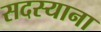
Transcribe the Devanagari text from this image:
सदस्याना